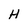
Character: H